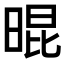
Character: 𣈀